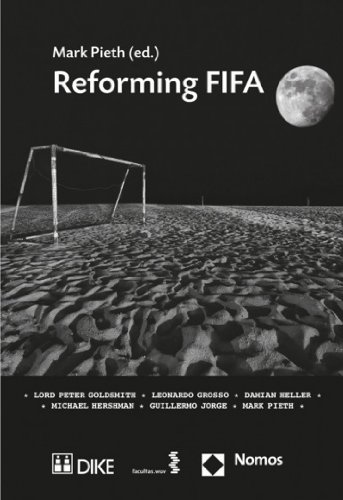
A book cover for Reforming FIFA; Law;